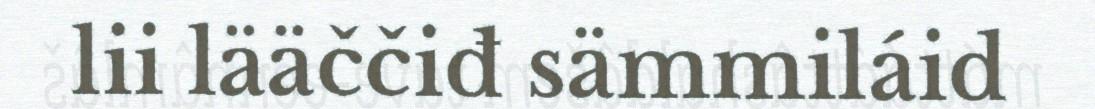
lii lääččiđ sämmiláid